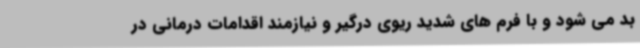
بد می شود و با فرم های شدید ریوی درگیر و نیازمند اقدامات درمانی در